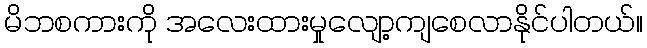
မိဘစကားကို အလေးထားမှုလျော့ကျစေလာနိုင်ပါတယ်။